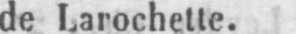
de Larochette.